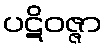
ပဋိဝဇ္ဇာ